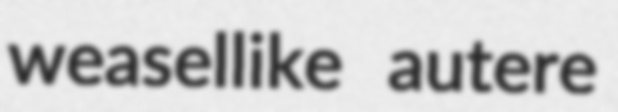
weasellike autere